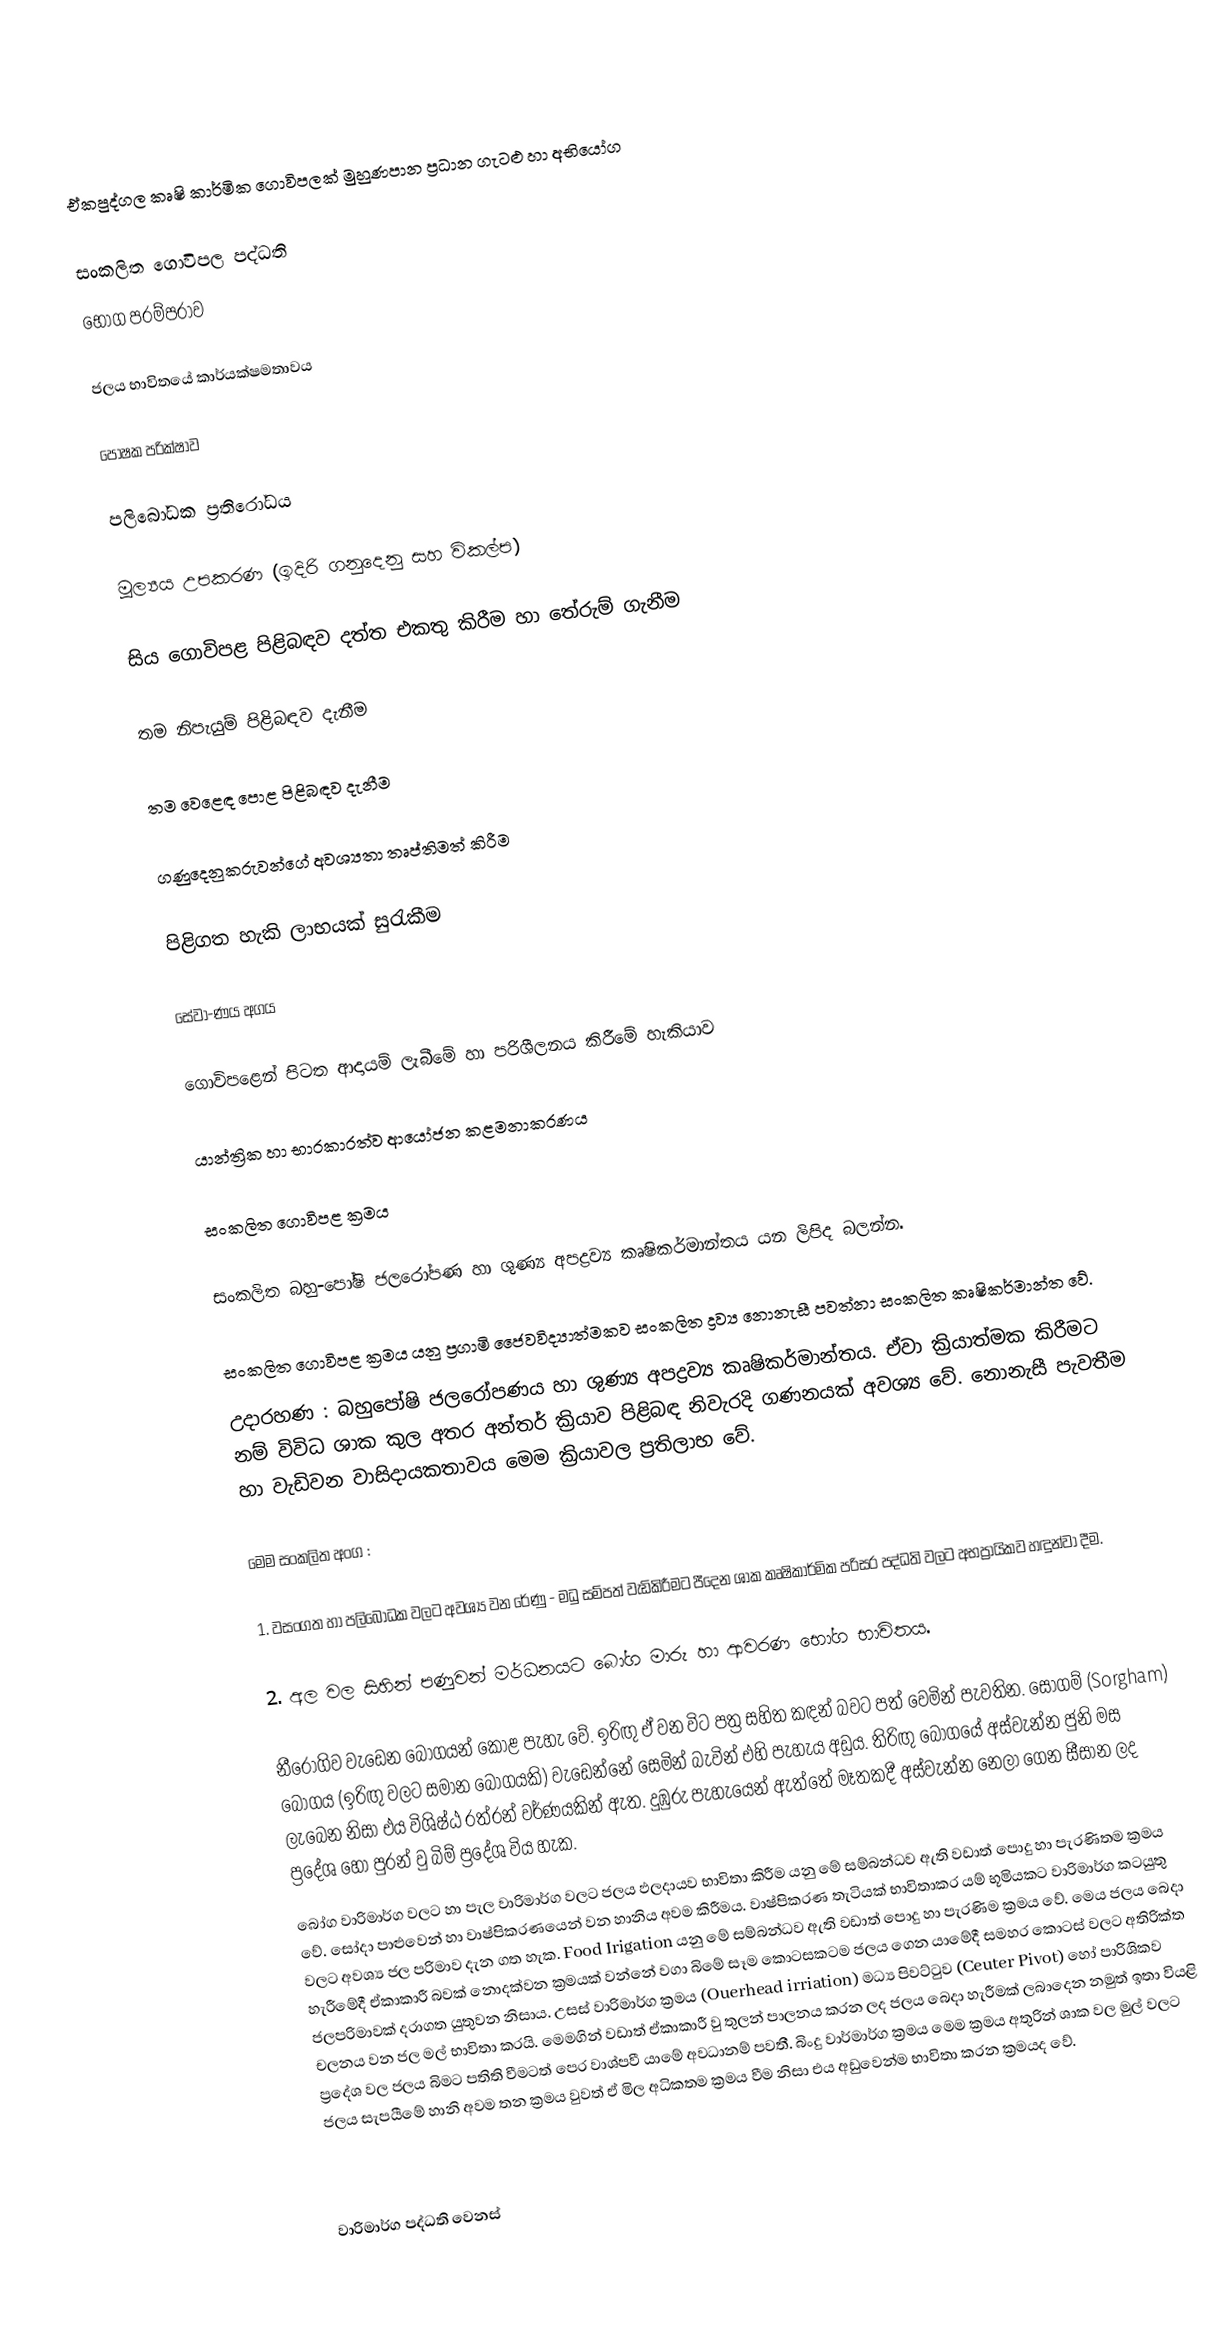

ඒකපුද්ගල කෘෂි කාර්මික ගොවිපලක් මුහුණපාන ප්‍රධාන ගැටළු හා අභියෝග

සංකලිත ගොවිපල පද්ධති
 භෝග පරම්පරාව

 ජලය භාවිතයේ කාර්යක්ෂමතාවය

 පෝෂක පරික්ෂාව

 පලිබෝධක ප්‍රතිරෝධය

මූල්‍යය උපකරණ (ඉදිරි ගනුදෙනු සහ විකල්ප)

 සිය ගොවිපළ පිළිබඳව දත්ත එකතු කිරීම හා තේරුම් ගැනීම

තම නිපැයුම් පිළිබඳව දැනීම

 තම වෙළෙඳ පොළ පිළිබඳව දැනීම

 ගණුදෙනුකරුවන්ගේ අවශ්‍යතා තෘප්තිමත් කිරීම

 පිළිගත හැකි ලාභයක් සුරැකීම

 සේවා-ණය අගය

 ගොවිපළෙන් පිටත ආදායම් ලැබීමේ හා පරිශීලනය කිරීමේ හැකියාව

යාන්ත්‍රික හා භාරකාරත්ව ආයෝජන කළමනාකරණය

සංකලිත ගොවිපළ ක්‍රමය

සංකලිත බහු-පෝෂි ජලරෝපණ හා ශුණ්‍ය අපද්‍රව්‍ය කෘෂිකර්මාන්තය යන ලිපිද බලන්න.

සංකලිත ගොවිපළ ක්‍රමය යනු ප්‍රගාමි ජෛවවිද්‍යාත්මකව සංකලිත ද්‍රව්‍ය නොනැසී පවත්නා සංකලිත කෘෂිකර්මාන්ත වේ.
උදාරහණ : බහුපෝෂි ජලරෝපණය හා ශුණ්‍ය අපද්‍රව්‍ය කෘෂිකර්මාන්තය. ඒවා ක්‍රියාත්මක කිරීමට නම් විවිධ ශාක කුල අතර අන්තර් ක්‍රියාව පිළිබඳ නිවැරදි ගණනයක් අවශ්‍ය වේ. නොනැසී පැවතීම හා වැඩිවන වාසිදායකතාවය මෙම ක්‍රියාවල ප්‍රතිලාභ වේ.

මෙම සංකලිත අංග :

1.	වසංගත හා පලිබෝධක වලට අවශ්‍ය වන රේණු - මධු සම්පත් වැඩිකිරීමට පීදෙන ශාක කෘෂිකාර්මික පරිසර පද්ධති වලට අභප්‍රායිකව හඳුන්වා දීම.

2.	අල වල සිහින් පණුවන් මර්ධනයට බෝග මාරු හා ආවරණ භෝග භාවිතය.

නීරෝගිව වැඩෙන බෝගයන් කොළ පැහැ වේ. ඉරිඟු ඒ වන විට පත්‍ර සහිත කඳන් බවට පත් වෙමින් පැවතින. සෝගම් (Sorgham) බෝගය (ඉරිඟු වලට සමාන බෝගයකි) වැඩෙන්නේ සෙමින් බැවින් එහි පැහැය අඩුය. තිරිඟු බෝගයේ අස්වැන්න ජුනි මස ලැබෙන නිසා එය විශිෂ්ඨ රත්රන් වර්ණයකින් ඇත. දුඹුරු පැහැයෙන් ඇත්තේ මෑතකදී අස්වැන්න නෙලා ගෙන සීසාන ලද ප්‍රදේශ හෝ පුරන් වු බිම් ප්‍රදේශ විය හැක.
බෝග වාරිමාර්ග වලට හා පැල වාරිමාර්ග වලට ජලය ඵලදායව භාවිතා කිරීම යනු මේ සම්බන්ධව ඇති වඩාත් පොදු හා පැරණිතම ක්‍රමය වේ. සෝදා පාළුවෙන් හා වාෂ්පිකරණයෙන් වන හානිය අවම කිරීමය. වාෂ්පිකරණ තැටියක් භාවිතාකර යම් භූමියකට වාරිමාර්ග කටයුතු වලට අවශ්‍ය ජල පරිමාව දැන ගත හැක. Food Irigation යනු මේ සම්බන්ධව ඇති වඩාත් පොදු හා පැරණිම ක්‍රමය වේ. මෙය ජලය බෙදා හැරීමේදී ඒකාකාරී බවක් නොදක්වන ක්‍රමයක් වන්නේ වගා බිමේ සෑම කොටසකටම ජලය ගෙන යාමේදී සමහර කොටස් වලට අතිරික්ත ජලපරිමාවක් දරාගත යුතුවන නිසාය. උසස් වාරිමාර්ග ක්‍රමය (Ouerhead irriation) මධ්‍ය පිවට්ටුව (Ceuter Pivot) හෝ පාරිශිකව චලනය වන ජල මල් භාවිතා කරයි. මෙමගින් වඩාත් ඒකාකාරී වු තුලන් පාලනය කරන ලද ජලය බෙදා හැරීමක් ලබාදෙන නමුත් ඉතා වියළි ප්‍රදේශ වල ජලය බිමට පතිති වීමටත් පෙර වාශ්පවී යාමේ අවධානම් පවතී. බිංදු වාර්මාර්ග ක්‍රමය මෙම ක්‍රමය අතුරින් ශාක වල මුල් වලට ජලය සැපයීමේ හානි අවම තන ක්‍රමය වුවත් ඒ මිල අධිකතම ක්‍රමය වීම නිසා එය අඩුවෙන්ම භාවිතා කරන ක්‍රමයද වේ.

වාරිමාර්ග පද්ධති වෙනස්